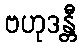
ဗဟုဒန္တီ